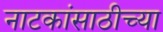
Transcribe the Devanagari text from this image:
नाटकांसाठीच्या